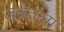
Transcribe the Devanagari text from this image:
जत्रेतला